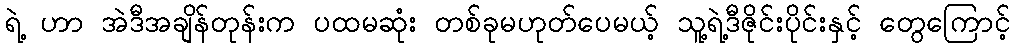
ရဲ့ ဟာ အဲဒီအချိန်တုန်းက ပထမဆုံး တစ်ခုမဟုတ်ပေမယ့် သူ့ရဲ့ဒီဇိုင်းပိုင်းနှင့် တွေကြောင့်